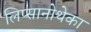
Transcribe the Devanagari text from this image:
लिप्सानोथेका